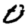
Digit: 0